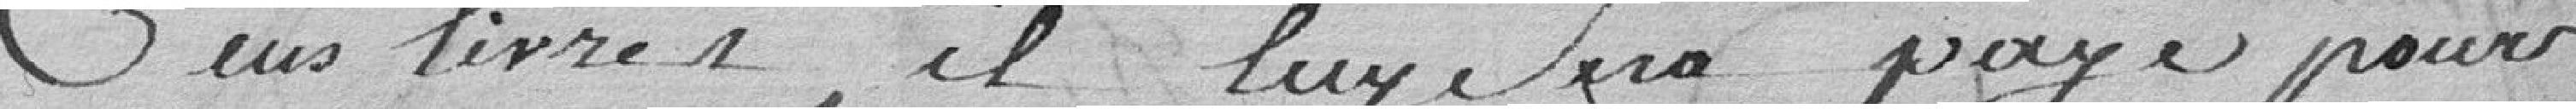
Cens livres, il luy sera payé pour